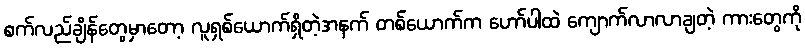
စက်လည်ချိန်တွေမှာတော့ လူရှစ်ယောက်ရှိတဲ့အနက် တစ်ယောက်က ဟော်ပါထဲ ကျောက်လာလာချတဲ့ ကားတွေကို